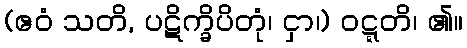
(ဧဝံ သတိ, ပဋိက္ခိပိတုံ၊ ငှာ၊) ဝဋ္ဋတိ၊ ၏။